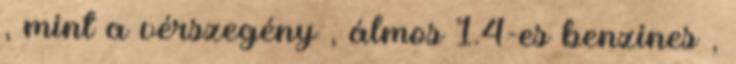
, mint a vérszegény , álmos 1.4-es benzines ,